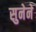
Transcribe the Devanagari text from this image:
सुनेने